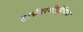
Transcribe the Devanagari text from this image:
हाईपरमीट्रोपिया